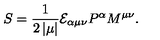
S = \frac 1 { 2 \left| \mu \right| } { \cal E } _ { \alpha \mu \nu } P ^ { \alpha } M ^ { \mu \nu } .